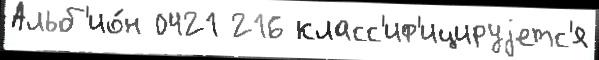
Альб'ио́н 0421 216 класс'иф'ицируjетс'я